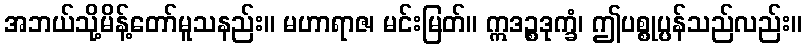
အဘယ်သို့မိန့်တော်မူသနည်း။ မဟာရာဇ၊ မင်းမြတ်။ ဣဒဉ္စဒုက္ခံ၊ ဤပစ္စုပ္ပန်သည်လည်း။